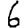
Digit: 6